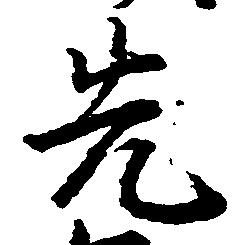
先